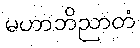
မဟာဘိညာတံ